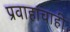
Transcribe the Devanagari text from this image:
प्रवाहांचाही